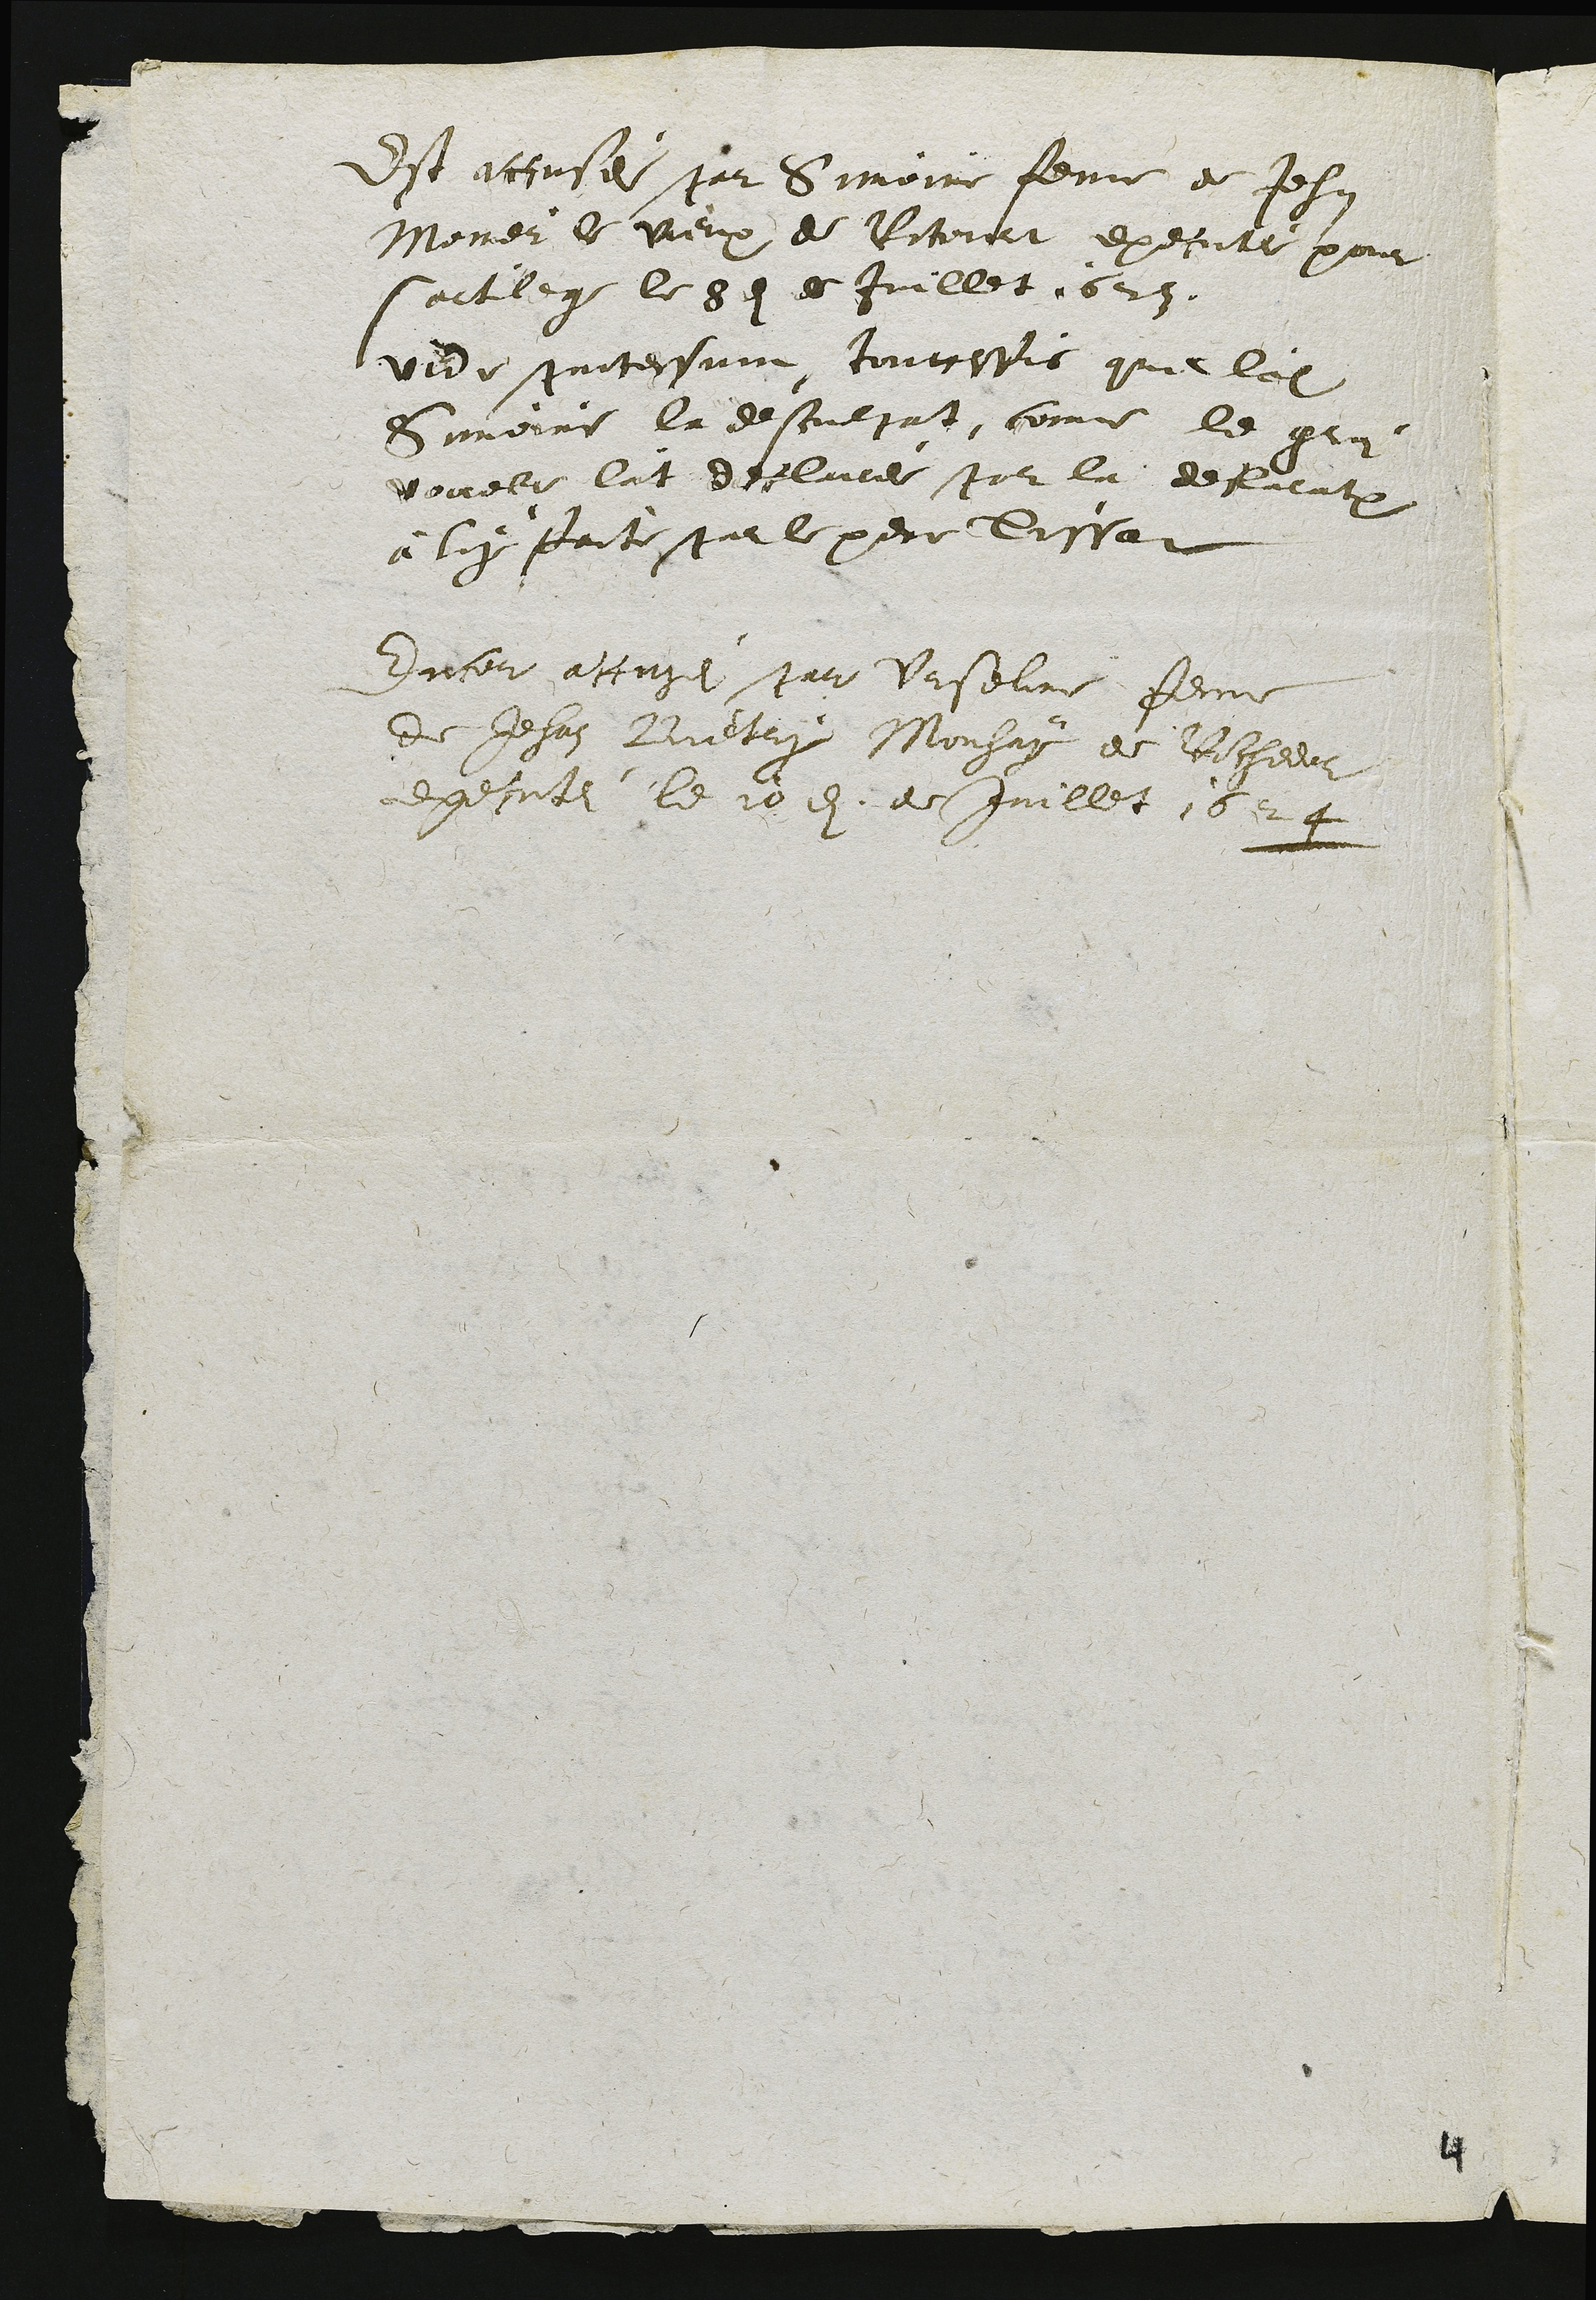
Est accusee par Simoire femme de Jehan
Morer le vieux de Ritoirt executee pour
saitlege le 8dt es Juillet 623.
vide aertessui toutceis que losite
Simeire la de souljat, comme le gri
vouele lat declace stor la delieutxu
à luy paite par le pere lissat
Encer atuze par Urselire femme
de Jehan Bietry Monhay de vicheeus
executé le 10de de Juillet 1524

4